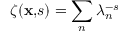
\zeta ( { \bf x , } s ) = \sum _ { n } \lambda _ { n } ^ { - s }